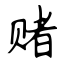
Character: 赌